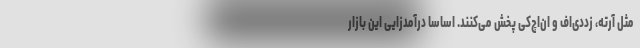
مثل آر‌ته، زددی‌اف و ان‌اچ‌کی پخش می‌کنند. اساسا درآمدزایی این بازار